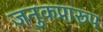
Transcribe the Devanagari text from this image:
जनुकप्रारूप